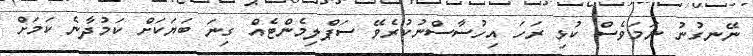
ނޭނގުނު ނަމަވެސް ކުޅި ރަހަ އިހުސާސްނުކުރެވޭ ސަޕްލިމެންޓެއް ގިނަ ބަޔަކަށް ކަމުދާނެ ކަމަށް